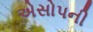
એસોપની